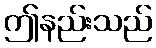
ဤနည်းသည်